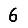
Digit: 6